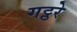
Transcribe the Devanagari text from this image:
गट्ठरे